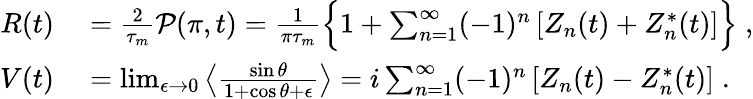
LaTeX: \begin{array}{rl}{R(t)}&{{}=\frac{2}{\tau_{m}}\mathcal{P}(\pi,t)=\frac 1{\pi\tau_{m}}\Big\{ 1+\sum_{n=1}^{\infty}(-1)^{n}\left[Z_{n}(t)+Z_{n}^{*}(t)\right]\Big\} \; ,}\\ {V(t)}&{{}=\operatorname*{lim}_{\epsilon\to 0}\left\langle\frac{\sin\theta}{1+\cos\theta+\epsilon}\right\rangle=i\sum_{n=1}^{\infty}(-1)^{n}\left[Z_{n}(t)-Z_{n}^{*}(t)\right]\; .}\end{array}